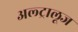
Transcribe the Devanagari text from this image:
अल्ट्रालूज